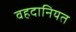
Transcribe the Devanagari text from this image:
वहदानियत